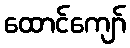
ထောင်ကျော်